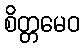
စိတ္တမေဝ